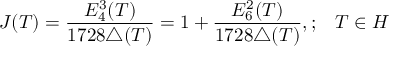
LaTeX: J ( T ) = \frac { E _ { 4 } ^ { 3 } ( T ) } { 1 7 2 8 \triangle ( T ) } = 1 + \frac { E _ { 6 } ^ { 2 } ( T ) } { 1 7 2 8 \triangle ( T ) } , ; \; \; \; T \in H